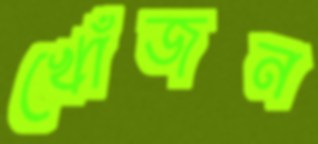
খোঁজন